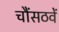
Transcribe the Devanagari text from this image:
चौंसठवें